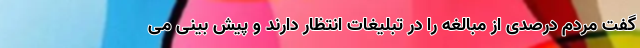
گفت مردم درصدی از مبالغه را در تبلیغات انتظار دارند و پیش بینی می